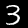
Digit: 3